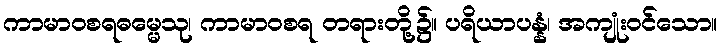
ကာမာဝစရဓမ္မေသု၊ ကာမာဝစရ တရားတို့၌။ ပရိယာပန္နံ၊ အကျုံးဝင်သော။